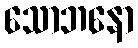
သောဘနော